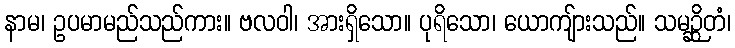
နာမ၊ ဥပမာမည်သည်ကား။ ဗလဝါ၊ အားရှိသော။ ပုရိသော၊ ယောကျ်ားသည်။ သမဉ္ဆိတံ၊